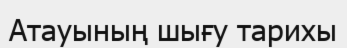
Атауының шығу тарихы